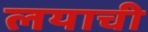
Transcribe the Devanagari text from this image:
लयाची